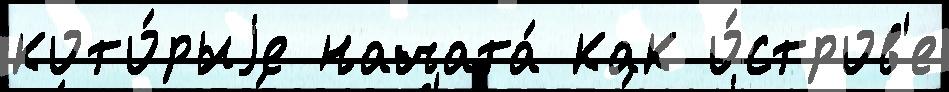
кото́рыjе начата́ как о́стров'е